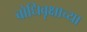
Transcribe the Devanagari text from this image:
बोधिवृक्षाच्या